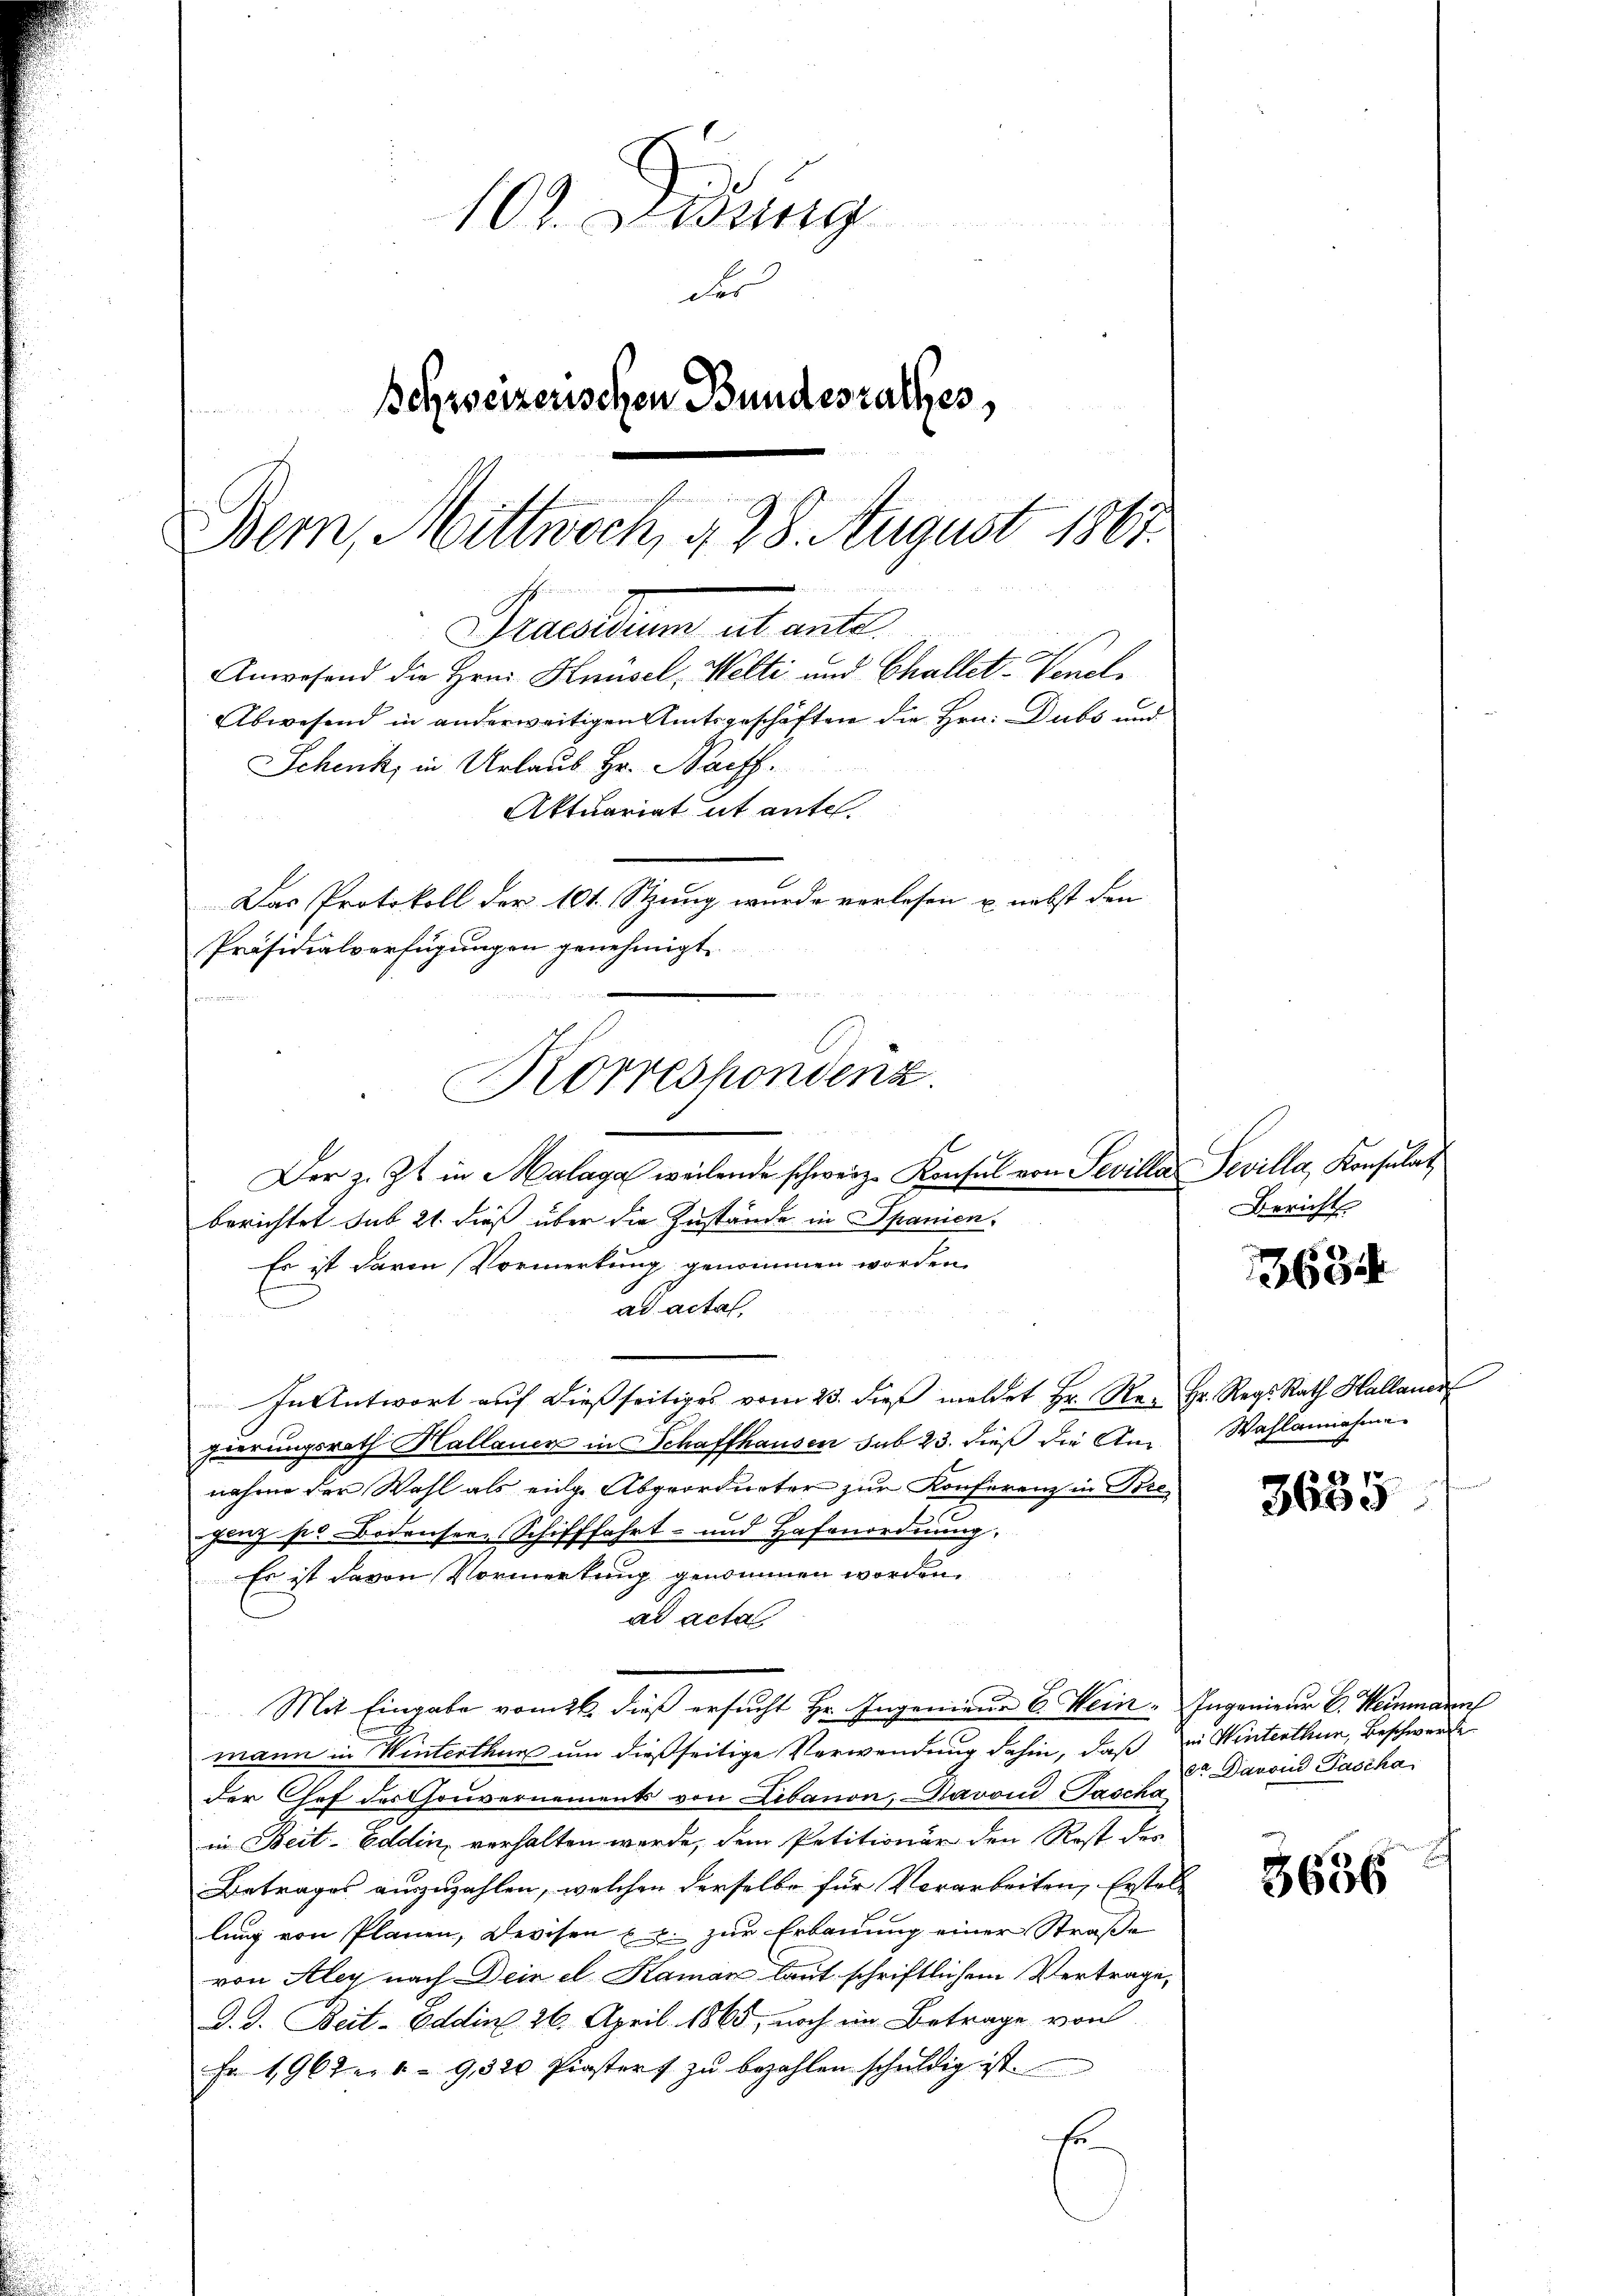
109. Didung
der
Schweizerischen Bundesrathes,
Bem, Mittwoch, § 28. August 1867.

Praesidium et ante.
Anwesend die Hrn. Knüsel, Welti und Challet-Venel¬
Abwesend in anderweitigen Amtsgeschäften die Hrn. Dubs und
Schenk, in Urlaub Hr. Nachf
Aktuariat it entel.
Das Protokoll der 101. Stzung wurde verlesen u. nebst den
Präsidialverfügungen genehmigt.

n
Korrespondenz.
Der z. Zt. in Malaga weilende schweiz. Konsul von Tevilla
berichtet sub 21. dieß über die Zustände in Spanien.

Es ist davon Vormerkung genommen worden.
ad actal,
In Antwort auf dießseitiges vom 25. dieß meldet Hr. R. Hr. Reg. Rath Hallauer
gierungsrath Hallauer in Schaffhausen sub 23. dieß die Annahme der Wahl als einge Abgeordneter zur Konferenz in Brehinz pr Bodensere Schifffahrt- und Hafenordnung.
Es ist davon Vormerkung genommen worden.
ad acta
Mit Eingabe vom 26. dieß ersucht Hr. Ingenieur 6. Wein. Ingenieur C. Heinmann
mann in Winterthun um dießseitige Verwendung dahin, daß ein Winterthur, Beschwerde
der Chef des Gouvernements von Libanon, Davon Pascha
in Beit-Goldin, verhalten werde, dem Petitionär den Rost des
Betrages auszuzahlen, welchen derselbe für Vorarbeiten, Erstel-
lung von Planen, Devisen u. u. zur Erbauung einer Straße
von Aley nach Dein el Raman laut schriftlichem Vertrage,
D. J. Beit-Eddin 26. April 1865, noch im Betrage von
Fr. 19678 - 9,320 Pirsters zŭ bezahlen schŭldig ist.
e

Seville, Konsulat
Bericht

1634

Wahlannahme
 77

364.

r Darvin Pascha

3636